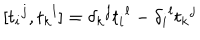
LaTeX: [ t _ { i } { } ^ { j } , t _ { k } { } ^ { l } ] = \delta _ { k } { } ^ { j } t _ { i } { } ^ { l } - \delta _ { i } { } ^ { l } t _ { k } { } ^ { j }